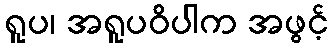
ရူပ၊ အရူပဝိပါက အဖွင့်